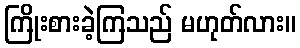
ကြိုးစားခဲ့ကြသည် မဟုတ်လား။